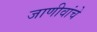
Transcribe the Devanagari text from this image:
जाणीवांचे